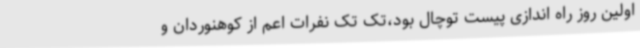
اولین روز راه اندازی پیست توچال بود،تک تک نفرات اعم از کوهنوردان و